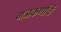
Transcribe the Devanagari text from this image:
गजकर्णाचं